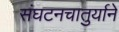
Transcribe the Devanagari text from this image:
संघटनचातुर्याने